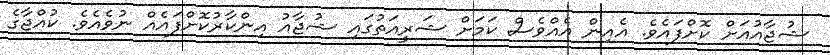
ޝުޖާއުއަށް ކޮށްފައެވެ. އެއިން އެއްވެސް ކަމަށް ޝަރީއަތުގައި ޝުޖާއު އިންކާރުކޮށްފައެއް ނުވެއެވެ. ކުއްޖާގެ